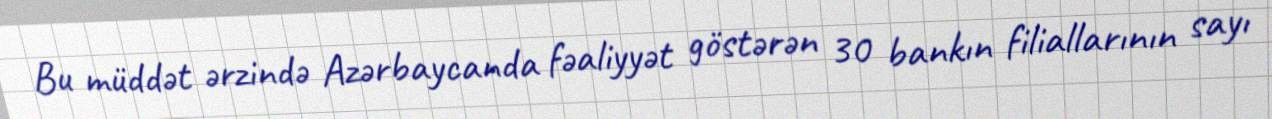
Bu müddət ərzində Azərbaycanda fəaliyyət göstərən 30 bankın filiallarının sayı